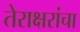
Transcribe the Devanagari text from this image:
तेराक्षरांचा